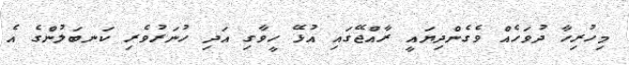
މިހުރިހާ ދުވަހެއް ވެގެންދިޔައީ ރާއްޖޭގައި އުޅޭ ހީވާގި އަދި ހުނަރުވެރި ކަނބަލުންގެ އެ